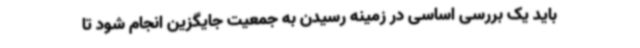
باید یک بررسی اساسی در زمینه‌ رسیدن به جمعیت جایگزین انجام شود تا